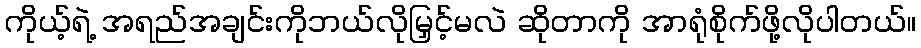
ကိုယ့်ရဲ့ အရည်အချင်းကိုဘယ်လိုမြှင့်မလဲ ဆိုတာကို အာရုံစိုက်ဖို့လိုပါတယ်။